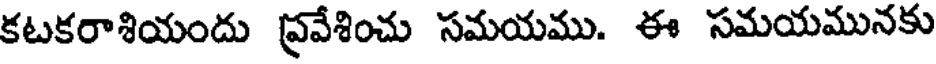
కటకరాశియందు ప్రవేశించు సమయము. ఈ సమయమునకు